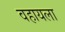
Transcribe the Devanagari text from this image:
वहायला